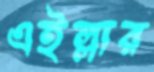
এইল্লার